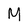
Character: M